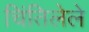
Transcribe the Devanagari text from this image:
चिंतिलेले